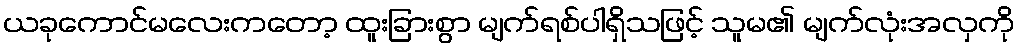
ယခုကောင်မလေးကတော့ ထူးခြားစွာ မျက်ရစ်ပါရှိသဖြင့် သူမ၏ မျက်လုံးအလှကို